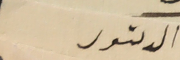
الدكتور